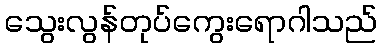
သွေးလွန်တုပ်ကွေးရောဂါသည်